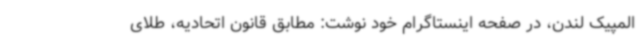
المپیک لندن، در صفحه اینستاگرام خود نوشت: مطابق قانون اتحادیه، طلای